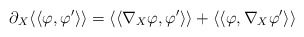
\begin{align*}\partial_X \langle\langle\varphi,\varphi'\rangle\rangle=\langle\langle\nabla_X\varphi,\varphi'\rangle\rangle+ \langle\langle\varphi,\nabla_X\varphi'\rangle\rangle\end{align*}